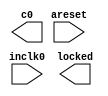
// megafunction wizard: %ALTPLL%VBB%
// GENERATION: STANDARD
// VERSION: WM1.0
// MODULE: altpll 

// ============================================================
// Megafunction Name(s):
// 			altpll
//
// Simulation Library Files(s):
// 			altera_mf
// ============================================================
// ************************************************************
// THIS IS A WIZARD-GENERATED FILE. DO NOT EDIT THIS FILE!
//
// 22.1std.2 Build 922 07/20/2023 SC Lite Edition
// ************************************************************

//Copyright (C) 2023  Intel Corporation. All rights reserved.
//Your use of Intel Corporation's design tools, logic functions 
//and other software and tools, and any partner logic 
//functions, and any output files from any of the foregoing 
//(including device programming or simulation files), and any 
//associated documentation or information are expressly subject 
//to the terms and conditions of the Intel Program License 
//Subscription Agreement, the Intel Quartus Prime License Agreement,
//the Intel FPGA IP License Agreement, or other applicable license
//agreement, including, without limitation, that your use is for
//the sole purpose of programming logic devices manufactured by
//Intel and sold by Intel or its authorized distributors.  Please
//refer to the applicable agreement for further details, at
//https://fpgasoftware.intel.com/eula.

module jtframe_pll6293 (
	areset,
	inclk0,
	c0,
	locked);

	input	  areset;
	input	  inclk0;
	output	  c0;
	output	  locked;
`ifndef ALTERA_RESERVED_QIS
// synopsys translate_off
`endif
	tri0	  areset;
`ifndef ALTERA_RESERVED_QIS
// synopsys translate_on
`endif

endmodule

// ============================================================
// CNX file retrieval info
// ============================================================
// Retrieval info: PRIVATE: ACTIVECLK_CHECK STRING "0"
// Retrieval info: PRIVATE: BANDWIDTH STRING "1.000"
// Retrieval info: PRIVATE: BANDWIDTH_FEATURE_ENABLED STRING "1"
// Retrieval info: PRIVATE: BANDWIDTH_FREQ_UNIT STRING "MHz"
// Retrieval info: PRIVATE: BANDWIDTH_PRESET STRING "Low"
// Retrieval info: PRIVATE: BANDWIDTH_USE_AUTO STRING "1"
// Retrieval info: PRIVATE: BANDWIDTH_USE_PRESET STRING "0"
// Retrieval info: PRIVATE: CLKBAD_SWITCHOVER_CHECK STRING "0"
// Retrieval info: PRIVATE: CLKLOSS_CHECK STRING "0"
// Retrieval info: PRIVATE: CLKSWITCH_CHECK STRING "0"
// Retrieval info: PRIVATE: CNX_NO_COMPENSATE_RADIO STRING "1"
// Retrieval info: PRIVATE: CREATE_CLKBAD_CHECK STRING "0"
// Retrieval info: PRIVATE: CREATE_INCLK1_CHECK STRING "0"
// Retrieval info: PRIVATE: CUR_DEDICATED_CLK STRING "c0"
// Retrieval info: PRIVATE: CUR_FBIN_CLK STRING "c0"
// Retrieval info: PRIVATE: DEVICE_SPEED_GRADE STRING "Any"
// Retrieval info: PRIVATE: DIV_FACTOR0 NUMERIC "1"
// Retrieval info: PRIVATE: DUTY_CYCLE0 STRING "50.00000000"
// Retrieval info: PRIVATE: EFF_OUTPUT_FREQ_VALUE0 STRING "50.344002"
// Retrieval info: PRIVATE: EXPLICIT_SWITCHOVER_COUNTER STRING "0"
// Retrieval info: PRIVATE: EXT_FEEDBACK_RADIO STRING "0"
// Retrieval info: PRIVATE: GLOCKED_COUNTER_EDIT_CHANGED STRING "1"
// Retrieval info: PRIVATE: GLOCKED_FEATURE_ENABLED STRING "0"
// Retrieval info: PRIVATE: GLOCKED_MODE_CHECK STRING "0"
// Retrieval info: PRIVATE: GLOCK_COUNTER_EDIT NUMERIC "1048575"
// Retrieval info: PRIVATE: HAS_MANUAL_SWITCHOVER STRING "1"
// Retrieval info: PRIVATE: INCLK0_FREQ_EDIT STRING "27.000"
// Retrieval info: PRIVATE: INCLK0_FREQ_UNIT_COMBO STRING "MHz"
// Retrieval info: PRIVATE: INCLK1_FREQ_EDIT STRING "100.000"
// Retrieval info: PRIVATE: INCLK1_FREQ_EDIT_CHANGED STRING "1"
// Retrieval info: PRIVATE: INCLK1_FREQ_UNIT_CHANGED STRING "1"
// Retrieval info: PRIVATE: INCLK1_FREQ_UNIT_COMBO STRING "MHz"
// Retrieval info: PRIVATE: INTENDED_DEVICE_FAMILY STRING "Cyclone 10 LP"
// Retrieval info: PRIVATE: INT_FEEDBACK__MODE_RADIO STRING "1"
// Retrieval info: PRIVATE: LOCKED_OUTPUT_CHECK STRING "1"
// Retrieval info: PRIVATE: LONG_SCAN_RADIO STRING "1"
// Retrieval info: PRIVATE: LVDS_MODE_DATA_RATE STRING "Not Available"
// Retrieval info: PRIVATE: LVDS_MODE_DATA_RATE_DIRTY NUMERIC "0"
// Retrieval info: PRIVATE: LVDS_PHASE_SHIFT_UNIT0 STRING "deg"
// Retrieval info: PRIVATE: MIG_DEVICE_SPEED_GRADE STRING "Any"
// Retrieval info: PRIVATE: MIRROR_CLK0 STRING "0"
// Retrieval info: PRIVATE: MULT_FACTOR0 NUMERIC "1"
// Retrieval info: PRIVATE: NORMAL_MODE_RADIO STRING "0"
// Retrieval info: PRIVATE: OUTPUT_FREQ0 STRING "50.34400000"
// Retrieval info: PRIVATE: OUTPUT_FREQ_MODE0 STRING "1"
// Retrieval info: PRIVATE: OUTPUT_FREQ_UNIT0 STRING "MHz"
// Retrieval info: PRIVATE: PHASE_RECONFIG_FEATURE_ENABLED STRING "1"
// Retrieval info: PRIVATE: PHASE_RECONFIG_INPUTS_CHECK STRING "0"
// Retrieval info: PRIVATE: PHASE_SHIFT0 STRING "0.00000000"
// Retrieval info: PRIVATE: PHASE_SHIFT_STEP_ENABLED_CHECK STRING "0"
// Retrieval info: PRIVATE: PHASE_SHIFT_UNIT0 STRING "deg"
// Retrieval info: PRIVATE: PLL_ADVANCED_PARAM_CHECK STRING "0"
// Retrieval info: PRIVATE: PLL_ARESET_CHECK STRING "1"
// Retrieval info: PRIVATE: PLL_AUTOPLL_CHECK NUMERIC "1"
// Retrieval info: PRIVATE: PLL_ENHPLL_CHECK NUMERIC "0"
// Retrieval info: PRIVATE: PLL_FASTPLL_CHECK NUMERIC "0"
// Retrieval info: PRIVATE: PLL_FBMIMIC_CHECK STRING "0"
// Retrieval info: PRIVATE: PLL_LVDS_PLL_CHECK NUMERIC "0"
// Retrieval info: PRIVATE: PLL_PFDENA_CHECK STRING "0"
// Retrieval info: PRIVATE: PLL_TARGET_HARCOPY_CHECK NUMERIC "0"
// Retrieval info: PRIVATE: PRIMARY_CLK_COMBO STRING "inclk0"
// Retrieval info: PRIVATE: RECONFIG_FILE STRING "jtframe_pll6293.mif"
// Retrieval info: PRIVATE: SACN_INPUTS_CHECK STRING "0"
// Retrieval info: PRIVATE: SCAN_FEATURE_ENABLED STRING "1"
// Retrieval info: PRIVATE: SELF_RESET_LOCK_LOSS STRING "0"
// Retrieval info: PRIVATE: SHORT_SCAN_RADIO STRING "0"
// Retrieval info: PRIVATE: SPREAD_FEATURE_ENABLED STRING "0"
// Retrieval info: PRIVATE: SPREAD_FREQ STRING "50.000"
// Retrieval info: PRIVATE: SPREAD_FREQ_UNIT STRING "KHz"
// Retrieval info: PRIVATE: SPREAD_PERCENT STRING "0.500"
// Retrieval info: PRIVATE: SPREAD_USE STRING "0"
// Retrieval info: PRIVATE: SRC_SYNCH_COMP_RADIO STRING "0"
// Retrieval info: PRIVATE: STICKY_CLK0 STRING "1"
// Retrieval info: PRIVATE: SWITCHOVER_COUNT_EDIT NUMERIC "1"
// Retrieval info: PRIVATE: SWITCHOVER_FEATURE_ENABLED STRING "1"
// Retrieval info: PRIVATE: SYNTH_WRAPPER_GEN_POSTFIX STRING "0"
// Retrieval info: PRIVATE: USE_CLK0 STRING "1"
// Retrieval info: PRIVATE: USE_CLKENA0 STRING "0"
// Retrieval info: PRIVATE: USE_MIL_SPEED_GRADE NUMERIC "0"
// Retrieval info: PRIVATE: ZERO_DELAY_RADIO STRING "0"
// Retrieval info: LIBRARY: altera_mf altera_mf.altera_mf_components.all
// Retrieval info: CONSTANT: BANDWIDTH_TYPE STRING "AUTO"
// Retrieval info: CONSTANT: CLK0_DIVIDE_BY NUMERIC "3375"
// Retrieval info: CONSTANT: CLK0_DUTY_CYCLE NUMERIC "50"
// Retrieval info: CONSTANT: CLK0_MULTIPLY_BY NUMERIC "6293"
// Retrieval info: CONSTANT: CLK0_PHASE_SHIFT STRING "0"
// Retrieval info: CONSTANT: INCLK0_INPUT_FREQUENCY NUMERIC "37037"
// Retrieval info: CONSTANT: INTENDED_DEVICE_FAMILY STRING "Cyclone 10 LP"
// Retrieval info: CONSTANT: LPM_TYPE STRING "altpll"
// Retrieval info: CONSTANT: OPERATION_MODE STRING "NO_COMPENSATION"
// Retrieval info: CONSTANT: PLL_TYPE STRING "AUTO"
// Retrieval info: CONSTANT: PORT_ACTIVECLOCK STRING "PORT_UNUSED"
// Retrieval info: CONSTANT: PORT_ARESET STRING "PORT_USED"
// Retrieval info: CONSTANT: PORT_CLKBAD0 STRING "PORT_UNUSED"
// Retrieval info: CONSTANT: PORT_CLKBAD1 STRING "PORT_UNUSED"
// Retrieval info: CONSTANT: PORT_CLKLOSS STRING "PORT_UNUSED"
// Retrieval info: CONSTANT: PORT_CLKSWITCH STRING "PORT_UNUSED"
// Retrieval info: CONSTANT: PORT_CONFIGUPDATE STRING "PORT_UNUSED"
// Retrieval info: CONSTANT: PORT_FBIN STRING "PORT_UNUSED"
// Retrieval info: CONSTANT: PORT_INCLK0 STRING "PORT_USED"
// Retrieval info: CONSTANT: PORT_INCLK1 STRING "PORT_UNUSED"
// Retrieval info: CONSTANT: PORT_LOCKED STRING "PORT_USED"
// Retrieval info: CONSTANT: PORT_PFDENA STRING "PORT_UNUSED"
// Retrieval info: CONSTANT: PORT_PHASECOUNTERSELECT STRING "PORT_UNUSED"
// Retrieval info: CONSTANT: PORT_PHASEDONE STRING "PORT_UNUSED"
// Retrieval info: CONSTANT: PORT_PHASESTEP STRING "PORT_UNUSED"
// Retrieval info: CONSTANT: PORT_PHASEUPDOWN STRING "PORT_UNUSED"
// Retrieval info: CONSTANT: PORT_PLLENA STRING "PORT_UNUSED"
// Retrieval info: CONSTANT: PORT_SCANACLR STRING "PORT_UNUSED"
// Retrieval info: CONSTANT: PORT_SCANCLK STRING "PORT_UNUSED"
// Retrieval info: CONSTANT: PORT_SCANCLKENA STRING "PORT_UNUSED"
// Retrieval info: CONSTANT: PORT_SCANDATA STRING "PORT_UNUSED"
// Retrieval info: CONSTANT: PORT_SCANDATAOUT STRING "PORT_UNUSED"
// Retrieval info: CONSTANT: PORT_SCANDONE STRING "PORT_UNUSED"
// Retrieval info: CONSTANT: PORT_SCANREAD STRING "PORT_UNUSED"
// Retrieval info: CONSTANT: PORT_SCANWRITE STRING "PORT_UNUSED"
// Retrieval info: CONSTANT: PORT_clk0 STRING "PORT_USED"
// Retrieval info: CONSTANT: PORT_clk1 STRING "PORT_UNUSED"
// Retrieval info: CONSTANT: PORT_clk2 STRING "PORT_UNUSED"
// Retrieval info: CONSTANT: PORT_clk3 STRING "PORT_UNUSED"
// Retrieval info: CONSTANT: PORT_clk4 STRING "PORT_UNUSED"
// Retrieval info: CONSTANT: PORT_clk5 STRING "PORT_UNUSED"
// Retrieval info: CONSTANT: PORT_clkena0 STRING "PORT_UNUSED"
// Retrieval info: CONSTANT: PORT_clkena1 STRING "PORT_UNUSED"
// Retrieval info: CONSTANT: PORT_clkena2 STRING "PORT_UNUSED"
// Retrieval info: CONSTANT: PORT_clkena3 STRING "PORT_UNUSED"
// Retrieval info: CONSTANT: PORT_clkena4 STRING "PORT_UNUSED"
// Retrieval info: CONSTANT: PORT_clkena5 STRING "PORT_UNUSED"
// Retrieval info: CONSTANT: PORT_extclk0 STRING "PORT_UNUSED"
// Retrieval info: CONSTANT: PORT_extclk1 STRING "PORT_UNUSED"
// Retrieval info: CONSTANT: PORT_extclk2 STRING "PORT_UNUSED"
// Retrieval info: CONSTANT: PORT_extclk3 STRING "PORT_UNUSED"
// Retrieval info: CONSTANT: SELF_RESET_ON_LOSS_LOCK STRING "OFF"
// Retrieval info: CONSTANT: WIDTH_CLOCK NUMERIC "5"
// Retrieval info: USED_PORT: @clk 0 0 5 0 OUTPUT_CLK_EXT VCC "@clk[4..0]"
// Retrieval info: USED_PORT: areset 0 0 0 0 INPUT GND "areset"
// Retrieval info: USED_PORT: c0 0 0 0 0 OUTPUT_CLK_EXT VCC "c0"
// Retrieval info: USED_PORT: inclk0 0 0 0 0 INPUT_CLK_EXT GND "inclk0"
// Retrieval info: USED_PORT: locked 0 0 0 0 OUTPUT GND "locked"
// Retrieval info: CONNECT: @areset 0 0 0 0 areset 0 0 0 0
// Retrieval info: CONNECT: @inclk 0 0 1 1 GND 0 0 0 0
// Retrieval info: CONNECT: @inclk 0 0 1 0 inclk0 0 0 0 0
// Retrieval info: CONNECT: c0 0 0 0 0 @clk 0 0 1 0
// Retrieval info: CONNECT: locked 0 0 0 0 @locked 0 0 0 0
// Retrieval info: GEN_FILE: TYPE_NORMAL jtframe_pll6293.v TRUE
// Retrieval info: GEN_FILE: TYPE_NORMAL jtframe_pll6293.ppf TRUE
// Retrieval info: GEN_FILE: TYPE_NORMAL jtframe_pll6293.inc FALSE
// Retrieval info: GEN_FILE: TYPE_NORMAL jtframe_pll6293.cmp FALSE
// Retrieval info: GEN_FILE: TYPE_NORMAL jtframe_pll6293.bsf FALSE
// Retrieval info: GEN_FILE: TYPE_NORMAL jtframe_pll6293_inst.v FALSE
// Retrieval info: GEN_FILE: TYPE_NORMAL jtframe_pll6293_bb.v TRUE
// Retrieval info: LIB_FILE: altera_mf
// Retrieval info: CBX_MODULE_PREFIX: ON